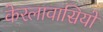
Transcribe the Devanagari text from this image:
केरलावासियों